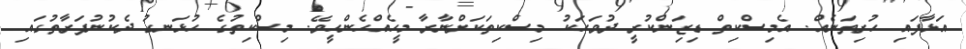
އަޅާފައި ހުރިތަނެއް. އެމިސްކިތް ޑިޒަިންކުރީ ދުވަހަކު މިސްކިތަކަށްނާރާ މީހެއްހެންހީވޭ. މިސްކިތުގެ ހުޅަނގު ދެކުނުފަރާތުގައި